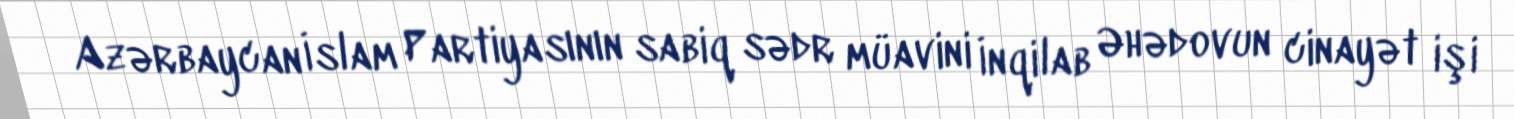
Azərbaycan İslam Partiyasının sabiq sədr müavini İnqilab Əhədovun cinayət işi